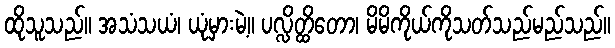
ထိုသူသည်။ အသံသယံ၊ ယုံမှားမဲ့။ ပလ္လိတ္ထိတော၊ မိမိကိုယ်ကိုသတ်သည်မည်သည်။